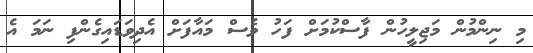
މި ނިންމުން މަޖިލީހުން ފާސްކުމަށް ފަހު ވެސް މައާފަށް އެދިވަޑައިގެންފި ނަމަ އެ